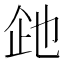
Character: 𬾍